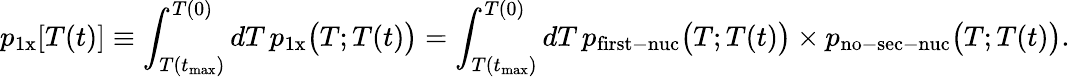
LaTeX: p_{\mathrm{1x}}[T(t)]\equiv\int_{T(t_{\mathrm{max}})}^{T(0)}dT\, p_{\mathrm{1x}}\big(T;T(t)\big)=\int_{T(t_{\mathrm{max}})}^{T(0)}dT\, p_{\mathrm{first-nuc}}\big(T;T(t)\big)\times p_{\mathrm{no-sec-nuc}}\big(T;T(t)\big).